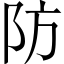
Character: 防